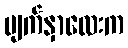
မျက်နှာလေးက